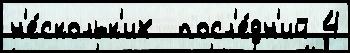
н'е́скольк'их  посл'е́дн'ий 4